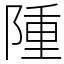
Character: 隀